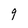
Character: 9